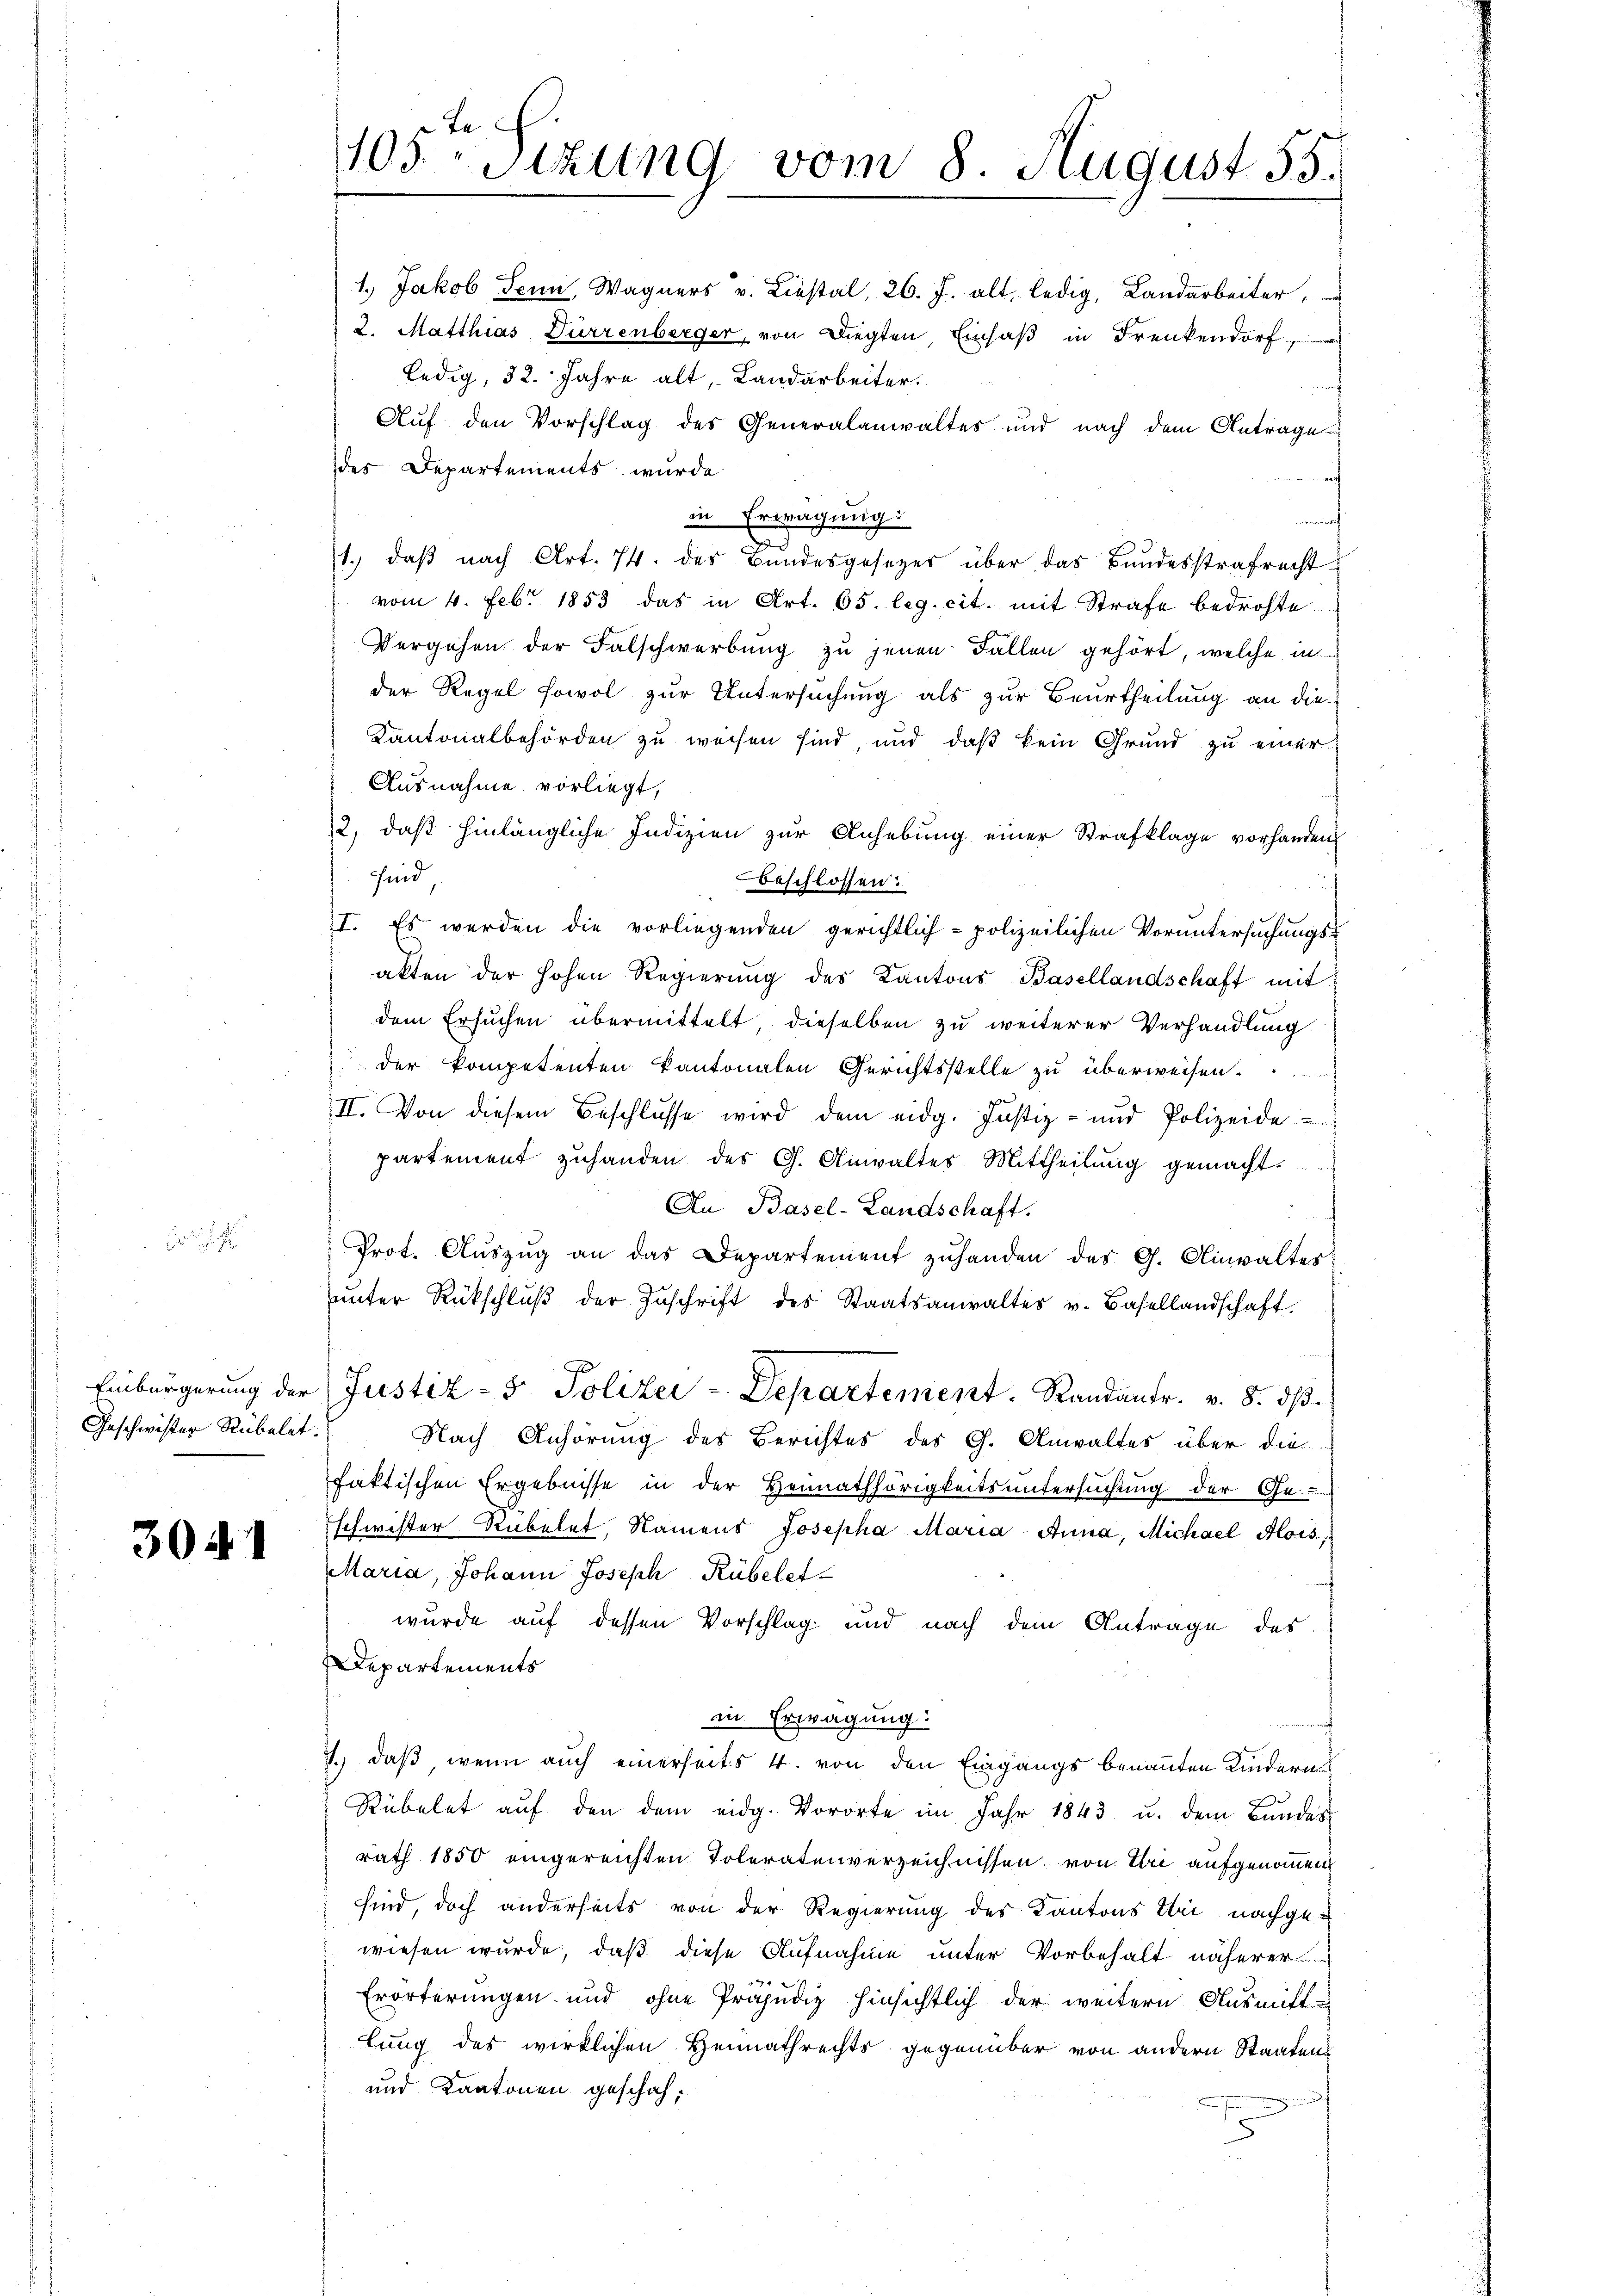
Geschwister Rübelet.

304. 1

105. Sizung vom 8. August 55.

1., Jakob Senn, Wagners u. Liestal, 26. J. alt, ledig, Landarbeiter,
2. Matthias Dürrenberger, von Diegten Einsaß in Frenkendorf
ledig, 32. Jahre alt, Landarbeiter.
Auf den Vorschlag des Generalanwaltes und nach dem Antrage
des Departements wurde
in Erwägung:
t
1.) daß nach Art. 74. des Bundesgesezes über das Bundesstrafrecht
vom 4. Febr. 1853 das in Art. 65. leg. cit. mit Strafe bedrohte
Vergehen der Falschwerbung zu jenen Fallen gehört, welche in
der Regel sowol zur Untersuchung als zur Beurtheilung an die
Kantonalbehörden zu weisen sind, und daß kein Grund zu einer
Ausnahme vorliegt,
2, daß hinlängliche Indizien zur Anhebung einer Strafklage vorhanden
sind,
beschlossen:
I. Es werden die vorliegenden gerichtlich- polizeilichen Voruntersuchungs-
akten der hohen Regierŭng des Kantons Basellandschaft mit
dem Ersuchen übermittelt, dieselben zu weiterer Verhandlung
der kompetenten Kantonalen Gerichtsstelle zu überweisen.
II. Von diesem Beschlŭsse wird dem eidg. Justiz- und Polizeide
partement zuhanden der G. Anwaltes Mittheilung gemacht.
An Basel-Landschaft.
Prot. Auszug an das Departement zuhanden des G. Ainwaltes
unter Rückschlŭβ der Zuschrift des Staatsanwaltes v. Basellandschaft.
Einbürgerung der Justiz- & Polizei-Departement. Randantr. v. 8. dβ.
Nach Anhörung des Berichtes des G. Anwaltes über die
faktischen Ergebnisse in der Heimathörigkeitsuntersuchung der Ge-
schwister Rubelet, Namens Josepha Maria Anna, Michael Alois,
Maria, Johann Joseph Rübeletwurde auf dessen Vorschlag und nach dem Antrage des
Departements
in Erwägung:
1.) daß, wenn auch einerseits 4. von den Eingangs benannten Kindern
Rübelet aŭf den dem eidg. Vororte im Jahr 1843 u. dem Bundes
rath 1850 eingereichten Toleratenverzeichnissen von Uri aufgenommen
sind, doch anderseits von der Regierung des Kantons Thei nachgewiesen wurde, daß diese Aufnahme unter Vorbehalt näherer
4
Erörterungen und ohne Präjudiz hinsichtlich der weitern Ausmitt
lung des wirklichen Heimathrechts gegenüber von andern Staaten
und Kantonen geschah.